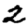
Digit: 2